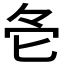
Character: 𠤓